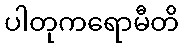
ပါတုကရောမီတိ